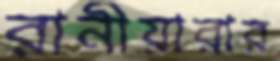
রানীয়ারার